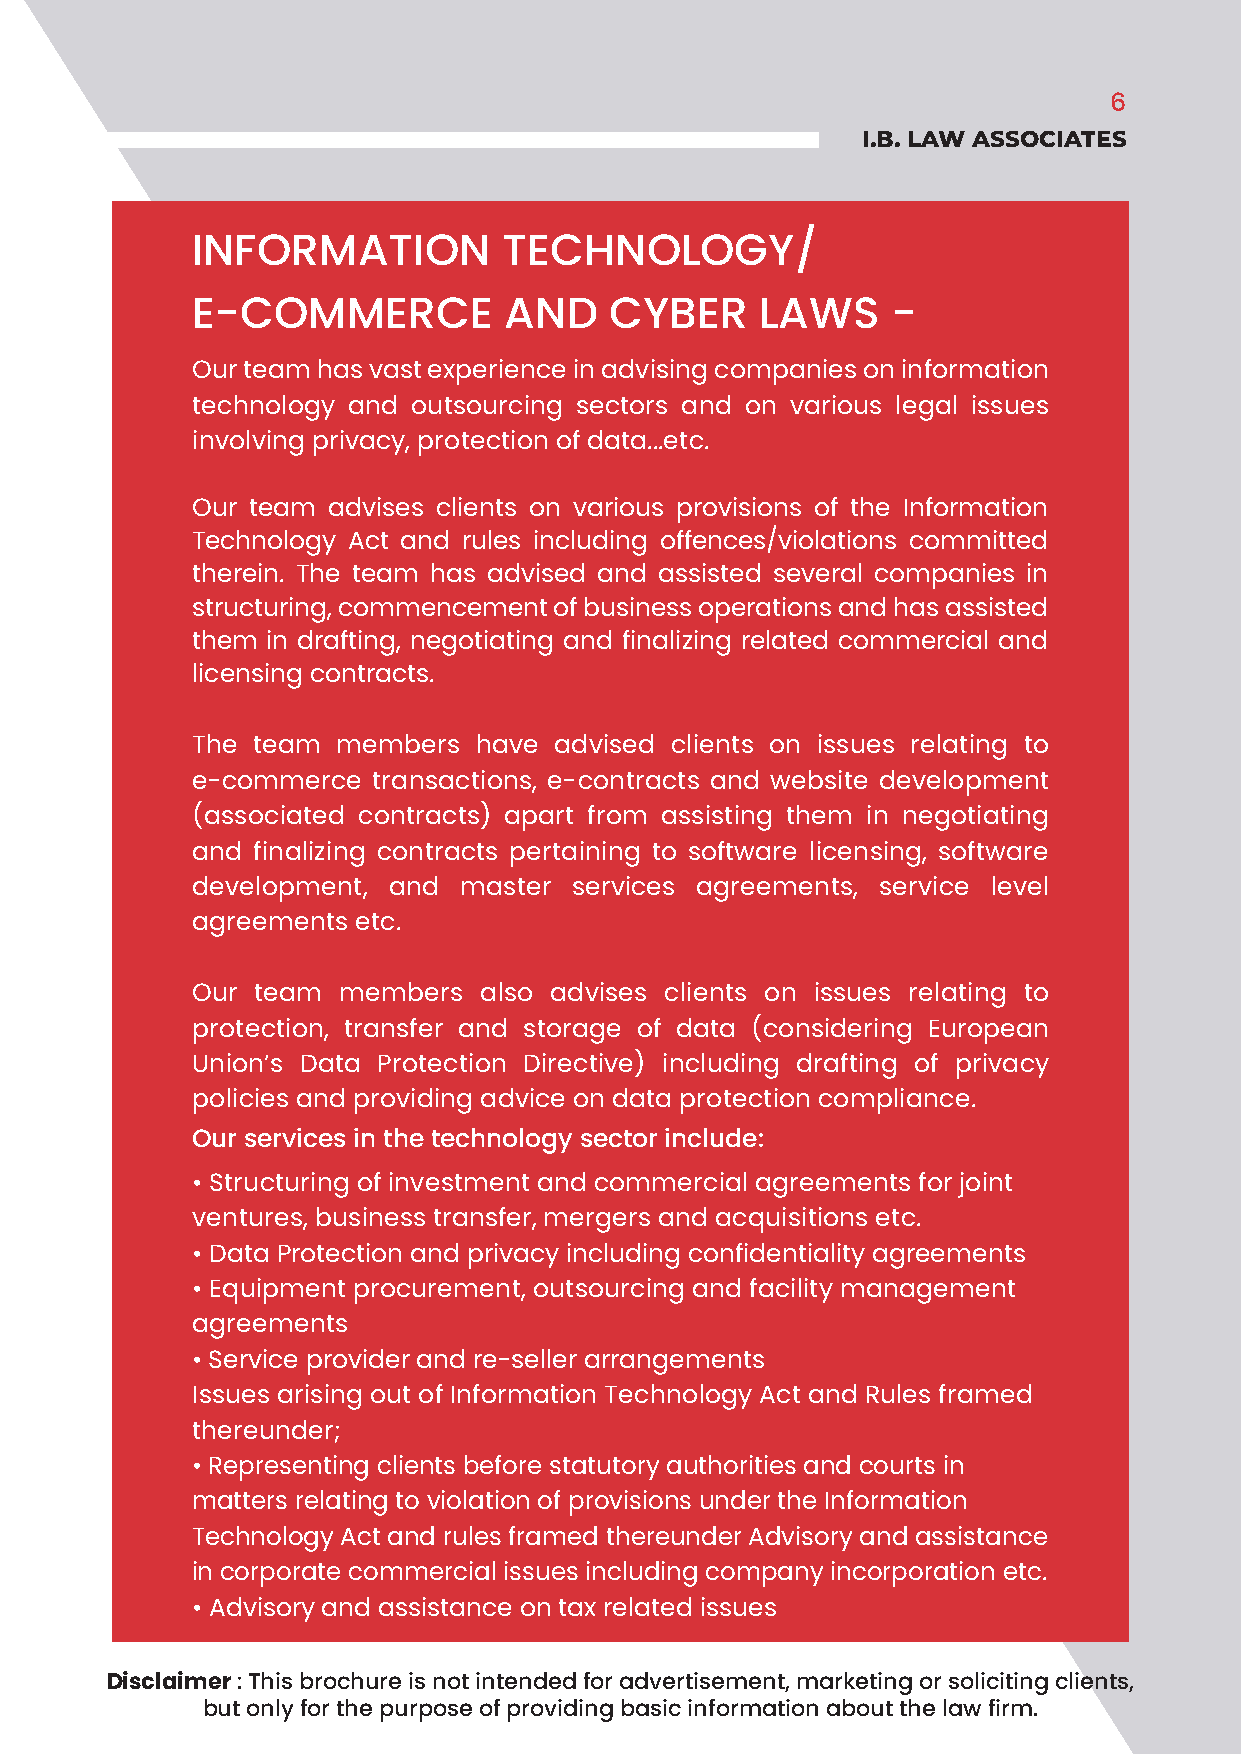
6
 I.B. LAW ASSOCIATES
 INFORMATION         TECHNOLOGY/
 E-COMMERCE          AND    CYBER     LAWS     -
 Our team has vast experience in advising companies on information
 technology and outsourcing sectors and on various legal issues
 involving privacy, protection of data...etc.
 Our team advises clients on various provisions of the Information
 Technology Act and rules including offences/violations committed
 therein. The team has advised and assisted several companies in
 structuring, commencement of business operations and has assisted
 them in drafting, negotiating and finalizing related commercial and
 licensing contracts.
 The team members  have  advised clients on issues relating to
 e-commerce  transactions, e-contracts and website development
 (associated contracts) apart from assisting them in negotiating
 and finalizing contracts pertaining to software licensing, software
 development, and master  services agreements, service level
 agreements etc.
 Our team members   also advises clients on issues relating to
 protection, transfer and storage of data (considering European
 Union’s Data Protection Directive) including drafting of privacy
 policies and providing advice on data protection compliance.
 Our services in the technology sector include:
 • Structuring of investment and commercial agreements for joint
 ventures, business transfer, mergers and acquisitions etc.
 • Data Protection and privacy including confidentiality agreements
 • Equipment procurement, outsourcing and facility management
 agreements
 • Service provider and re-seller arrangements
 Issues arising out of Information Technology Act and Rules framed
 thereunder;
 • Representing clients before statutory authorities and courts in
 matters relating to violation of provisions under the Information
 Technology Act and rules framed thereunder Advisory and assistance
 in corporate commercial issues including company incorporation etc.
 • Advisory and assistance on tax related issues
 Disclaimer : This brochure is not intended for advertisement, marketing or soliciting clients,
 but only for the purpose of providing basic information about the law firm.